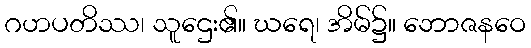
ဂဟပတိဿ၊ သူဌေး၏။ ဃရေ၊ အိမ်၌။ ဘောဇနဝေ